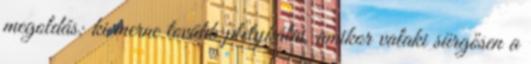
megoldás: ki merne tovább pletykálni, amikor valaki sürgősen a